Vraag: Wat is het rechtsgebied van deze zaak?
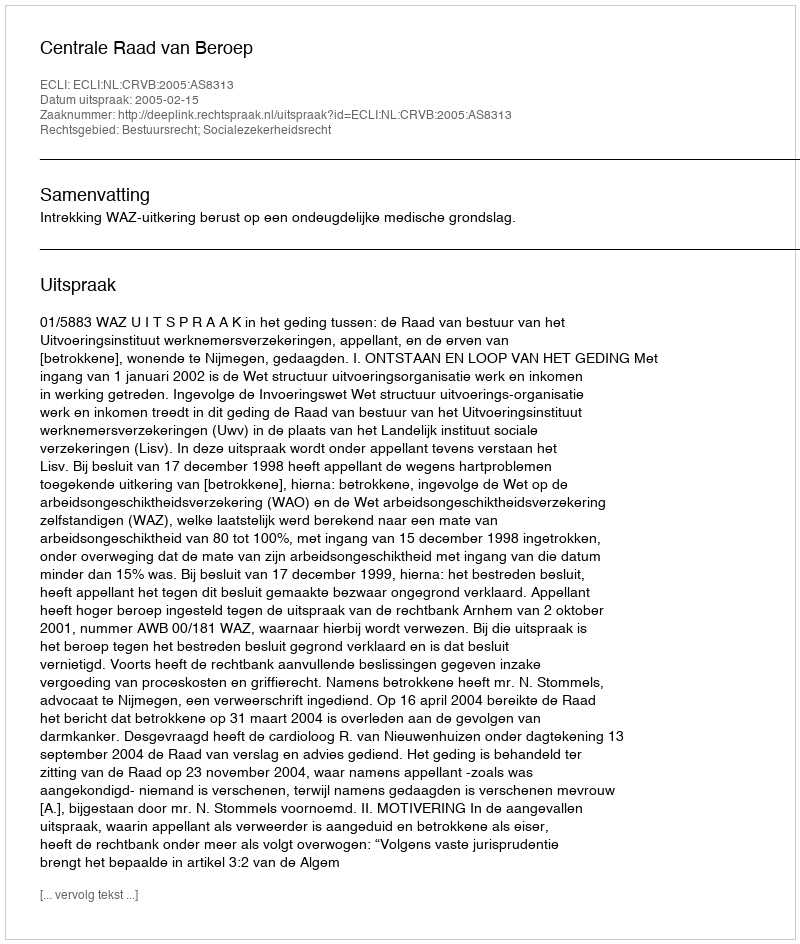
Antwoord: Bestuursrecht; Socialezekerheidsrecht